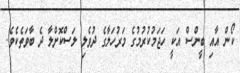
ކޯން އާއި ބީންސް އަކީ ހަޖަމުކުރުމުގެ މަރުހަލާގެ ދުވެލި ލަސްކޮށްލާ ދެ ބާވަތެކެވެ.